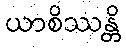
ယာစိဿန္တိ